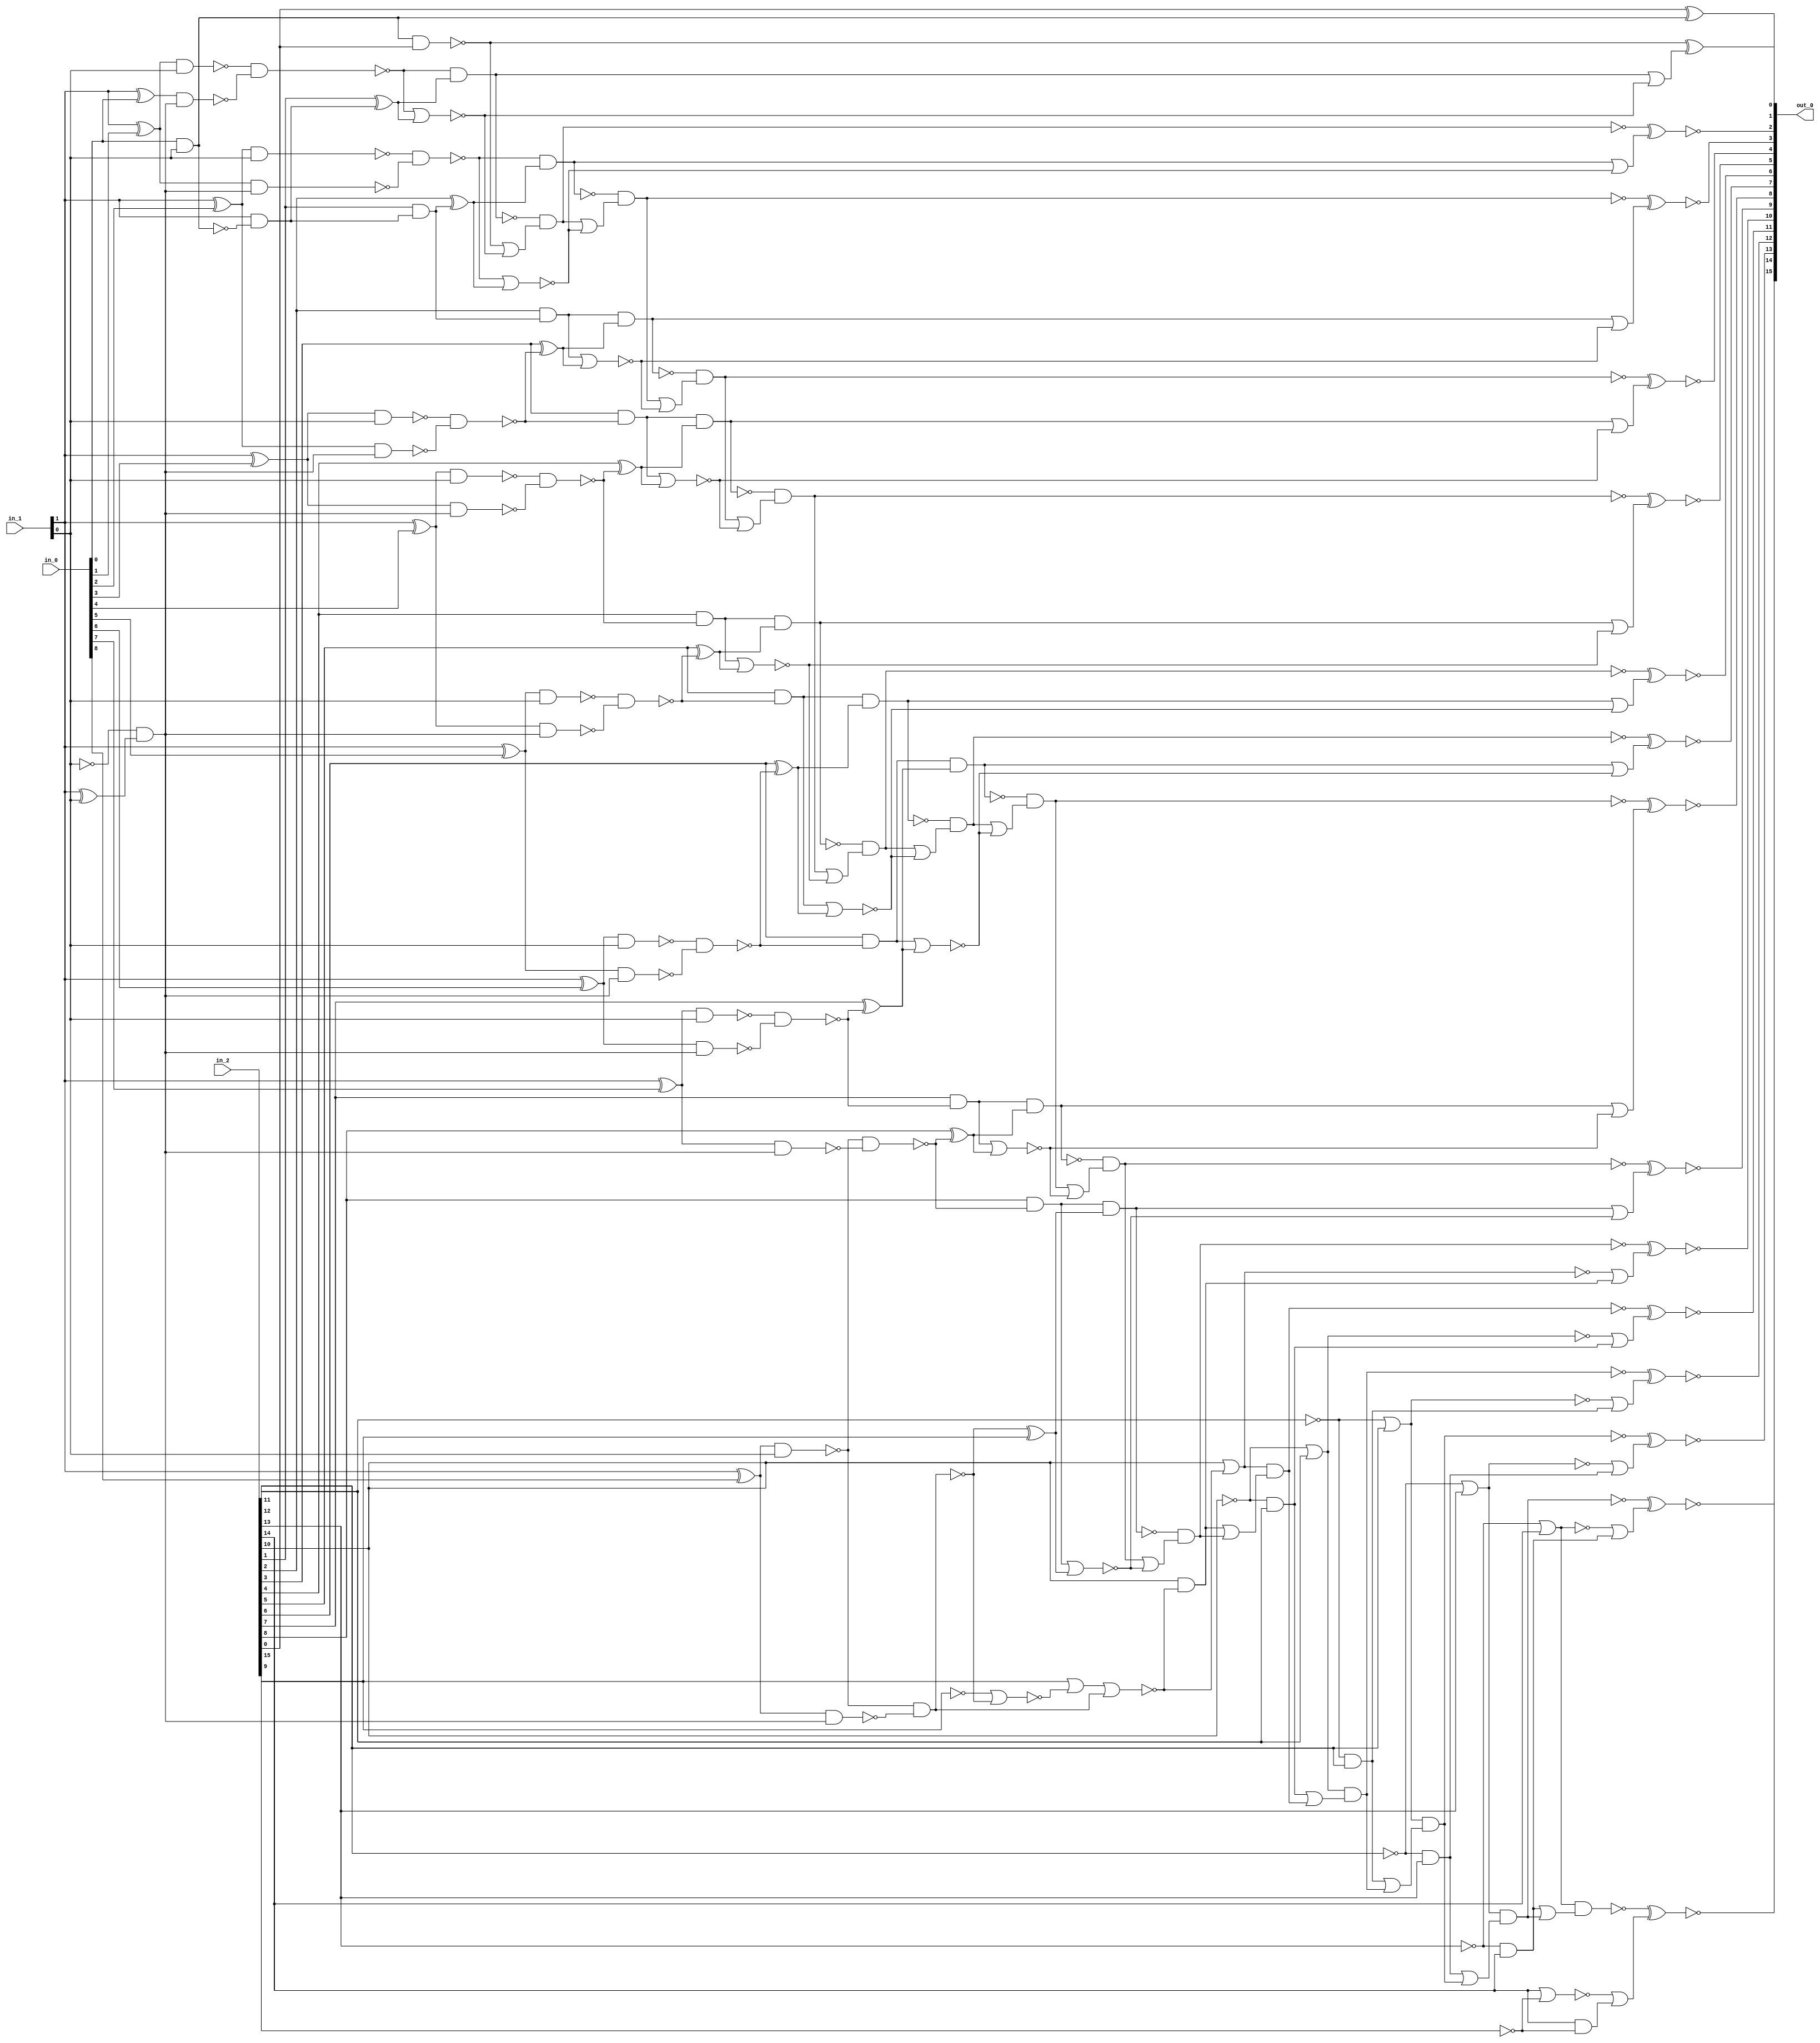
module csa_tree_add_100_25_group_194_GENERIC_REAL(in_0, in_1, in_2,
     out_0);
// synthesis_equation "assign out_0 = ( $signed(in_2) + ( $signed(in_0) * $signed(in_1) )  )  ;"
  input [8:0] in_0;
  input [1:0] in_1;
  input [15:0] in_2;
  output [15:0] out_0;
  wire [8:0] in_0;
  wire [1:0] in_1;
  wire [15:0] in_2;
  wire [15:0] out_0;
  wire n_50, n_51, n_52, n_53, n_54, n_55, n_56, n_57;
  wire n_58, n_59, n_65, n_66, n_67, n_68, n_69, n_70;
  wire n_71, n_72, n_73, n_74, n_80, n_84, n_85, n_89;
  wire n_90, n_91, n_92, n_93, n_94, n_95, n_96, n_97;
  wire n_98, n_99, n_100, n_101, n_102, n_103, n_104, n_105;
  wire n_106, n_107, n_108, n_109, n_110, n_111, n_112, n_115;
  wire n_116, n_122, n_123, n_124, n_125, n_126, n_127, n_128;
  wire n_129, n_139, n_143, n_145, n_148, n_149, n_150, n_151;
  wire n_153, n_154, n_155, n_156, n_158, n_159, n_160, n_161;
  wire n_163, n_164, n_165, n_166, n_168, n_169, n_170, n_171;
  wire n_173, n_174, n_175, n_176, n_178, n_179, n_180, n_181;
  wire n_183, n_184, n_185, n_186, n_188, n_189, n_190, n_191;
  wire n_193, n_194, n_195, n_196, n_198, n_199, n_200, n_201;
  wire n_203, n_204, n_205, n_206, n_208, n_209, n_210, n_211;
  wire n_213, n_214, n_215, n_216, n_218, n_219, n_220, n_221;
  wire n_222, n_223, n_224, n_225, n_226, n_227, n_228, n_229;
  wire n_230, n_231, n_232, n_233;
  xor g3 (n_80, in_1[1], in_1[0]);
  xor g9 (n_84, in_1[1], in_0[0]);
  and g13 (n_59, in_0[0], in_1[0]);
  xor g14 (n_89, in_1[1], in_0[1]);
  nand g15 (n_90, n_89, in_1[0]);
  nand g16 (n_91, n_84, n_85);
  nand g17 (n_58, n_90, n_91);
  xor g18 (n_92, in_1[1], in_0[2]);
  nand g19 (n_93, n_92, in_1[0]);
  nand g20 (n_94, n_89, n_85);
  nand g21 (n_57, n_93, n_94);
  xor g22 (n_95, in_1[1], in_0[3]);
  nand g23 (n_96, n_95, in_1[0]);
  nand g24 (n_97, n_92, n_85);
  nand g25 (n_124, n_96, n_97);
  xor g26 (n_98, in_1[1], in_0[4]);
  nand g27 (n_99, n_98, in_1[0]);
  nand g28 (n_100, n_95, n_85);
  nand g29 (n_125, n_99, n_100);
  xor g30 (n_101, in_1[1], in_0[5]);
  nand g31 (n_102, n_101, in_1[0]);
  nand g32 (n_103, n_98, n_85);
  nand g33 (n_126, n_102, n_103);
  xor g34 (n_104, in_1[1], in_0[6]);
  nand g35 (n_105, n_104, in_1[0]);
  nand g36 (n_106, n_101, n_85);
  nand g37 (n_127, n_105, n_106);
  xor g38 (n_107, in_1[1], in_0[7]);
  nand g39 (n_108, n_107, in_1[0]);
  nand g40 (n_109, n_104, n_85);
  nand g41 (n_128, n_108, n_109);
  xor g42 (n_110, in_1[1], in_0[8]);
  nand g43 (n_111, n_110, in_1[0]);
  nand g44 (n_112, n_107, n_85);
  nand g45 (n_129, n_111, n_112);
  nand g48 (n_115, n_110, n_85);
  nand g49 (n_116, n_111, n_115);
  xor g69 (n_74, in_2[1], n_122);
  and g70 (n_123, in_2[1], n_122);
  xor g71 (n_73, in_2[2], n_123);
  and g72 (n_56, in_2[2], n_123);
  xor g73 (n_72, in_2[3], n_124);
  and g74 (n_55, in_2[3], n_124);
  xor g75 (n_71, in_2[4], n_125);
  and g76 (n_54, in_2[4], n_125);
  xor g77 (n_70, in_2[5], n_126);
  and g78 (n_53, in_2[5], n_126);
  xor g79 (n_69, in_2[6], n_127);
  and g80 (n_52, in_2[6], n_127);
  xor g81 (n_68, in_2[7], n_128);
  and g82 (n_51, in_2[7], n_128);
  xor g83 (n_67, in_2[8], n_129);
  and g84 (n_50, in_2[8], n_129);
  nand g105 (n_143, n_59, in_2[0]);
  nor g108 (n_145, n_58, n_74);
  nand g109 (n_148, n_58, n_74);
  nor g110 (n_150, n_57, n_73);
  nand g111 (n_153, n_57, n_73);
  nor g112 (n_155, n_56, n_72);
  nand g113 (n_158, n_56, n_72);
  nor g114 (n_160, n_55, n_71);
  nand g115 (n_163, n_55, n_71);
  nor g116 (n_165, n_54, n_70);
  nand g117 (n_168, n_54, n_70);
  nor g118 (n_170, n_53, n_69);
  nand g119 (n_173, n_53, n_69);
  nor g120 (n_175, n_52, n_68);
  nand g121 (n_178, n_52, n_68);
  nor g122 (n_180, n_51, n_67);
  nand g123 (n_183, n_51, n_67);
  nor g124 (n_185, n_50, n_66);
  nand g125 (n_188, n_50, n_66);
  nand g140 (n_151, n_148, n_149);
  nand g143 (n_156, n_153, n_154);
  nand g146 (n_161, n_158, n_159);
  nand g149 (n_166, n_163, n_164);
  nand g152 (n_171, n_168, n_169);
  nand g56 (n_176, n_173, n_174);
  nand g59 (n_181, n_178, n_179);
  nand g62 (n_186, n_183, n_184);
  nand g65 (n_191, n_188, n_189);
  nand g68 (n_196, n_193, n_194);
  nand g156 (n_201, n_198, n_199);
  nand g159 (n_206, n_203, n_204);
  nand g162 (n_211, n_208, n_209);
  nand g165 (n_216, n_213, n_214);
  xnor g170 (out_0[2], n_151, n_220);
  xnor g172 (out_0[3], n_156, n_221);
  xnor g174 (out_0[4], n_161, n_222);
  xnor g176 (out_0[5], n_166, n_223);
  xnor g178 (out_0[6], n_171, n_224);
  xnor g180 (out_0[7], n_176, n_225);
  xnor g182 (out_0[8], n_181, n_226);
  xnor g184 (out_0[9], n_186, n_227);
  xnor g186 (out_0[10], n_191, n_228);
  xnor g188 (out_0[11], n_196, n_229);
  xnor g190 (out_0[12], n_201, n_230);
  xnor g192 (out_0[13], n_206, n_231);
  xnor g194 (out_0[14], n_211, n_232);
  xnor g196 (out_0[15], n_216, n_233);
  xor g197 (out_0[0], in_2[0], n_59);
  and g205 (n_195, wc, in_2[11]);
  not gc (wc, in_2[10]);
  or g206 (n_198, wc0, in_2[11]);
  not gc0 (wc0, in_2[10]);
  and g207 (n_200, wc1, in_2[12]);
  not gc1 (wc1, in_2[11]);
  or g208 (n_203, wc2, in_2[12]);
  not gc2 (wc2, in_2[11]);
  and g209 (n_205, wc3, in_2[13]);
  not gc3 (wc3, in_2[12]);
  or g210 (n_208, wc4, in_2[13]);
  not gc4 (wc4, in_2[12]);
  and g211 (n_210, wc5, in_2[14]);
  not gc5 (wc5, in_2[13]);
  or g212 (n_213, wc6, in_2[14]);
  not gc6 (wc6, in_2[13]);
  and g213 (n_85, wc7, n_80);
  not gc7 (wc7, in_1[0]);
  and g215 (n_215, in_2[14], wc8);
  not gc8 (wc8, in_2[15]);
  or g216 (n_218, in_2[14], wc9);
  not gc9 (wc9, in_2[15]);
  and g217 (n_122, in_1[1], wc10);
  not gc10 (wc10, n_59);
  or g219 (n_229, wc11, n_195);
  not gc11 (wc11, n_198);
  or g220 (n_230, wc12, n_200);
  not gc12 (wc12, n_203);
  or g221 (n_231, wc13, n_205);
  not gc13 (wc13, n_208);
  or g222 (n_232, wc14, n_210);
  not gc14 (wc14, n_213);
  or g223 (n_233, wc15, n_215);
  not gc15 (wc15, n_218);
  xor g224 (n_66, n_116, in_2[9]);
  or g225 (n_139, wc16, n_116);
  not gc16 (wc16, in_2[9]);
  or g226 (n_65, in_2[9], wc17, wc18);
  not gc18 (wc18, n_116);
  not gc17 (wc17, n_139);
  or g227 (n_149, n_143, n_145);
  or g228 (n_219, wc19, n_145);
  not gc19 (wc19, n_148);
  and g229 (n_190, in_2[10], wc20);
  not gc20 (wc20, n_65);
  or g230 (n_193, in_2[10], wc21);
  not gc21 (wc21, n_65);
  xor g231 (out_0[1], n_143, n_219);
  or g232 (n_220, wc22, n_150);
  not gc22 (wc22, n_153);
  or g233 (n_221, wc23, n_155);
  not gc23 (wc23, n_158);
  or g234 (n_222, wc24, n_160);
  not gc24 (wc24, n_163);
  or g235 (n_223, wc25, n_165);
  not gc25 (wc25, n_168);
  or g236 (n_224, wc26, n_170);
  not gc26 (wc26, n_173);
  or g237 (n_225, wc27, n_175);
  not gc27 (wc27, n_178);
  or g238 (n_226, wc28, n_180);
  not gc28 (wc28, n_183);
  or g239 (n_154, wc29, n_150);
  not gc29 (wc29, n_151);
  or g240 (n_227, wc30, n_185);
  not gc30 (wc30, n_188);
  or g241 (n_228, wc31, n_190);
  not gc31 (wc31, n_193);
  or g242 (n_159, wc32, n_155);
  not gc32 (wc32, n_156);
  or g243 (n_164, wc33, n_160);
  not gc33 (wc33, n_161);
  or g244 (n_169, wc34, n_165);
  not gc34 (wc34, n_166);
  or g245 (n_174, wc35, n_170);
  not gc35 (wc35, n_171);
  or g246 (n_179, wc36, n_175);
  not gc36 (wc36, n_176);
  or g247 (n_184, wc37, n_180);
  not gc37 (wc37, n_181);
  or g248 (n_189, wc38, n_185);
  not gc38 (wc38, n_186);
  or g249 (n_194, n_190, wc39);
  not gc39 (wc39, n_191);
  or g250 (n_199, n_195, wc40);
  not gc40 (wc40, n_196);
  or g251 (n_204, n_200, wc41);
  not gc41 (wc41, n_201);
  or g252 (n_209, n_205, wc42);
  not gc42 (wc42, n_206);
  or g253 (n_214, n_210, wc43);
  not gc43 (wc43, n_211);
endmodule

module csa_tree_add_100_25_group_194_GENERIC(in_0, in_1, in_2, out_0);
  input [8:0] in_0;
  input [1:0] in_1;
  input [15:0] in_2;
  output [15:0] out_0;
  wire [8:0] in_0;
  wire [1:0] in_1;
  wire [15:0] in_2;
  wire [15:0] out_0;
  csa_tree_add_100_25_group_194_GENERIC_REAL g1(.in_0 (in_0), .in_1
       (in_1), .in_2 (in_2), .out_0 (out_0));
endmodule